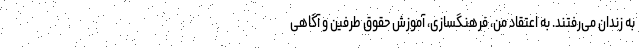
به زندان می‌رفتند. به اعتقاد من، فرهنگسازی‌، آموزش حقوق طرفین و آگاهی